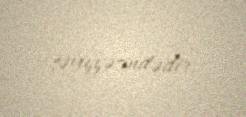
səviyyəsindədir.